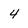
Character: 4